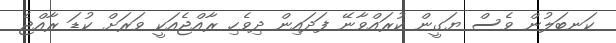
ކަނބަލުން ވެސް ޔަގީން ކުރައްވާނޭ ފަދައިން ދިވެހި ރާއްޖެއަކީ ވަރަށް ކުޑަ ރާއްޖެ